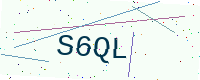
Text: S6QL